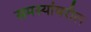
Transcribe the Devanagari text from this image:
समस्यांवरील